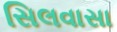
સિલવાસા